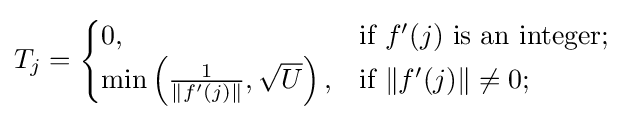
T_{j}={\begin{cases}0,&{\text{if }}f'(j){\text{ is an integer}};\\\min \left({\frac {1}{\|f'(j)\|}},{\sqrt {U}}\right),&{\text{if }}\|f'(j)\|\neq 0;\\\end{cases}}